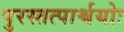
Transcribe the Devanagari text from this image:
पुरस्तत्पार्श्वयोः